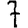
Digit: 7